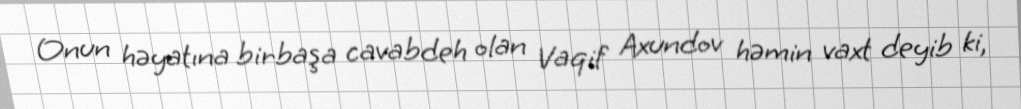
Onun həyatına birbaşa cavabdeh olan Vaqif Axundov həmin vaxt deyib ki,